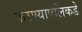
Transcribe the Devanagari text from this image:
करण्यापलिकडे